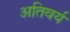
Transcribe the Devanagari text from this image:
अतिवर्य